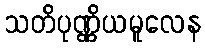
သတိပုဏ္ဏိယမူလေန